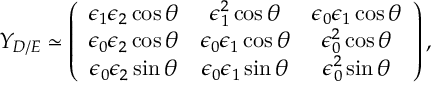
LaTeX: Y _ { D / E } \simeq \left( \begin{array} { c c c } { { \epsilon _ { 1 } \epsilon _ { 2 } \cos \theta } } & { { \epsilon _ { 1 } ^ { 2 } \cos \theta } } & { { \epsilon _ { 0 } \epsilon _ { 1 } \cos \theta } } \\ { { \epsilon _ { 0 } \epsilon _ { 2 } \cos \theta } } & { { \epsilon _ { 0 } \epsilon _ { 1 } \cos \theta } } & { { \epsilon _ { 0 } ^ { 2 } \cos \theta } } \\ { { \epsilon _ { 0 } \epsilon _ { 2 } \sin \theta } } & { { \epsilon _ { 0 } \epsilon _ { 1 } \sin \theta } } & { { \epsilon _ { 0 } ^ { 2 } \sin \theta } } \end{array} \right) ,